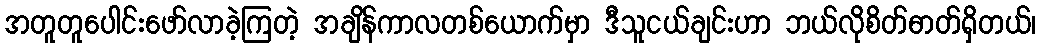
အတူတူပေါင်းဖော်လာခဲ့ကြတဲ့ အချိန်ကာလတစ်ယောက်မှာ ဒီသူငယ်ချင်းဟာ ဘယ်လိုစိတ်ဓာတ်ရှိတယ်၊